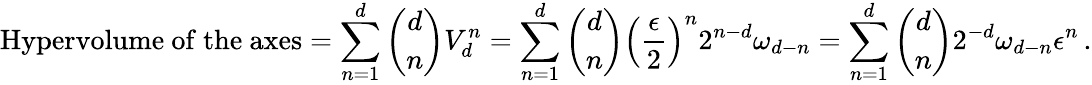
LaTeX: \mathrm{Hypervolume~of~the~axes}=\sum_{n=1}^{d}{\binom{d}{n}V_{d}^{n}}=\sum_{n=1}^{d}{\binom{d}{n}\left(\frac{\epsilon}{2}\right)^{n}2^{n-d}\omega_{d-n}}=\sum_{n=1}^{d}{\binom{d}{n}2^{-d}\omega_{d-n}\epsilon^{n}\, .}